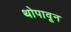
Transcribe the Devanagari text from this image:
थोपावून